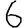
Digit: 6